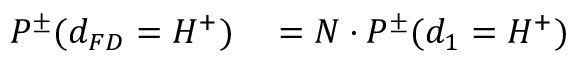
\begin{array} { r l } { P ^ { \pm } ( d _ { F D } = H ^ { + } ) } & { { } = N \cdot P ^ { \pm } ( d _ { 1 } = H ^ { + } ) } \end{array}